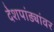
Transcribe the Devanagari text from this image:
देशपांड्यांवर